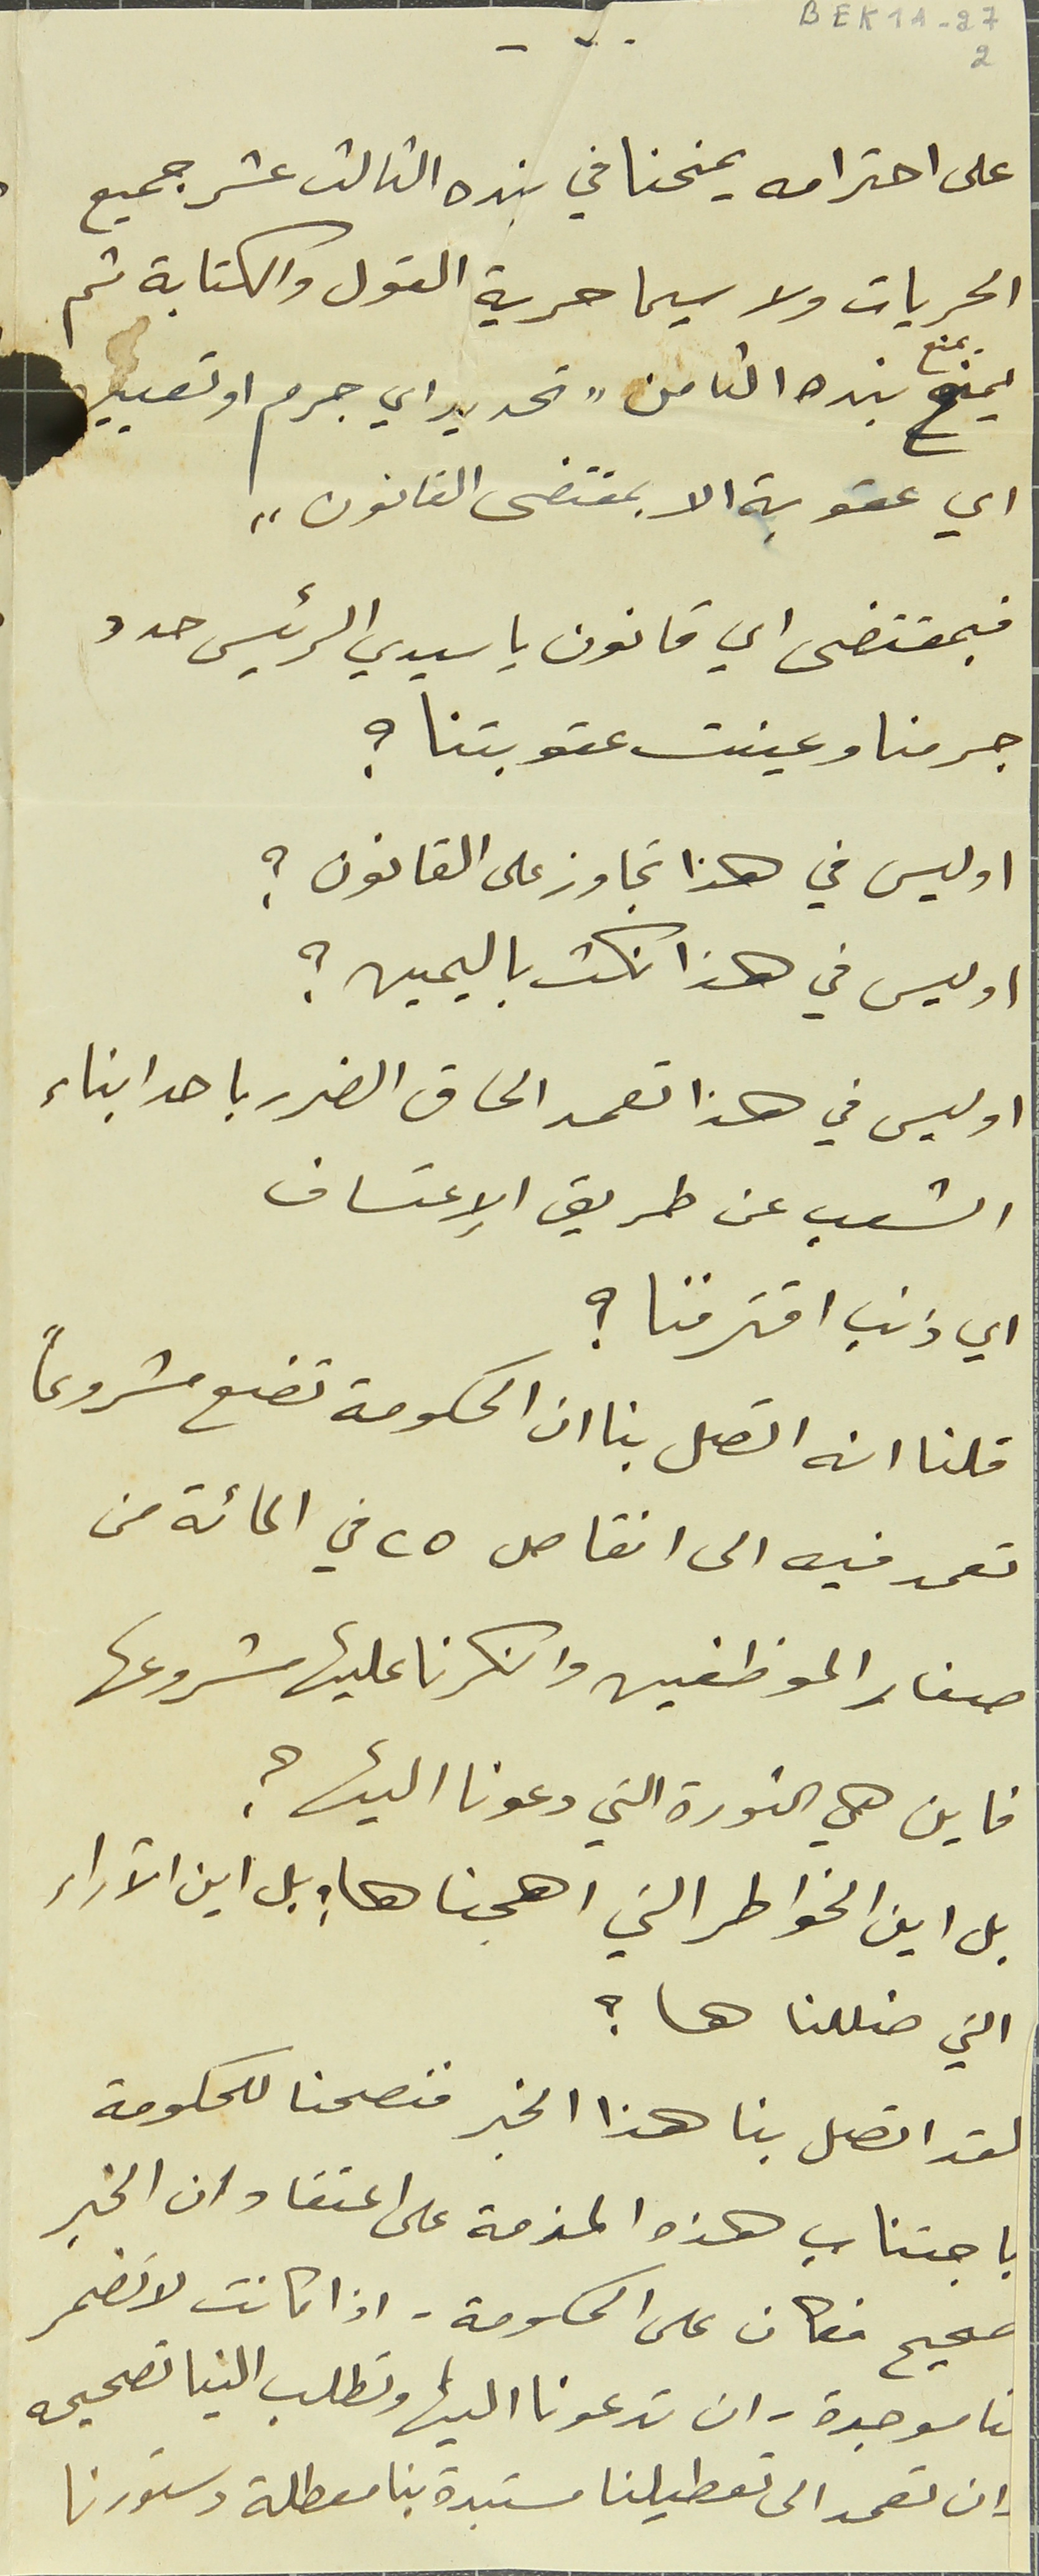
-٧- BEK1A-27
2
على احترامه يمنحنا في بنده الثالث عشر جميع
الحريات ولاسيما حرية القول والكتابة ثم
يمنح يمنع بنده الثامن " تحديد اي جرم او تعيين
اي عقوبة الا بمقتضى القانون "
فبمقتضى اي قانون ياسيدي الرئيس حدد
جرمنا وعينت عقوبتنا ؟
او ليس في هذا تجاوز على القانون؟
اوليس في هذا نكث باليمين؟
او ليس في هذا تعمد الحاق الضرر باحد ابناء
الشعب عن طريق الإعتساف
اي ذنب اقترفنا ؟
قلنا انه اتصل بنا ان الحكومة تضع مشروعاً
تعمد فيه الى انقاص ٢٥ في المائة من
صغار الموظفين وانكرنا عليها مشروعها
فاين هي الثورة التي دعونا اليها؟
بل اين الخواطر التي اهجناها ؛ بل اين الآراء
التي ضللناها؟
لقد اتصل بنا هذا الخبر فنصحنا للحكومة
باجتناب هذه المذمة على اعتقاد ان الخبر
صحيح فكان على الحكومة. اذا كانت لا تضمر
نا موجدة - ان تدعونا اليها وتطلب الينا تصحيحه
ان تعمد الى تعطيلنا مستبدة بنا معطلة دستورنا
-٧-